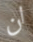
ان